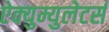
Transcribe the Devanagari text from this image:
ऐक्युम्युलेटर्स